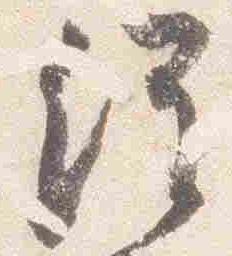
経